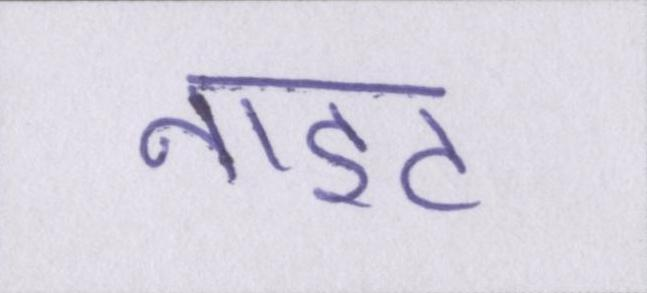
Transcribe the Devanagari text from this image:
नाइट